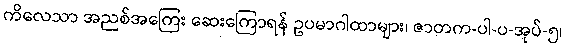
ကိလေသာ အညစ်အကြေး ဆေးကြောရန် ဥပမာဂါထာများ၊ ဇာတက-ပါ-ပ-အုပ်-၅၊